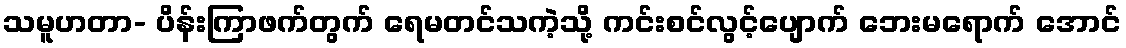
သမူဟတာ- ပိန်းကြာဖက်တွက် ရေမတင်သကဲ့သို့ ကင်းစင်လွင့်ပျောက် ဘေးမရောက် အောင်